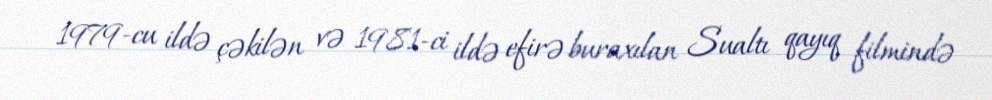
1979-cu ildə çəkilən və 1981-ci ildə efirə buraxılan Sualtı qayıq filmində